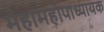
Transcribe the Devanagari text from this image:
महामहोपाध्यायक